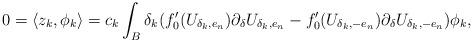
LaTeX: \begin{align*}0=\langle z_k,\phi_k\rangle=c_k \int_{B} \delta_k (f_0'(U_{\delta_k,e_n})\partial_\delta U_{\delta_k,e_n}-f_0'(U_{\delta_k,-e_n})\partial_\delta U_{\delta_k,-e_n})\phi_k,\end{align*}